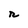
Character: r